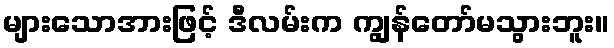
များသောအားဖြင့် ဒီလမ်းက ကျွန်တော်မသွားဘူး။